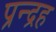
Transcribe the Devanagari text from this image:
प्रन्द्रह